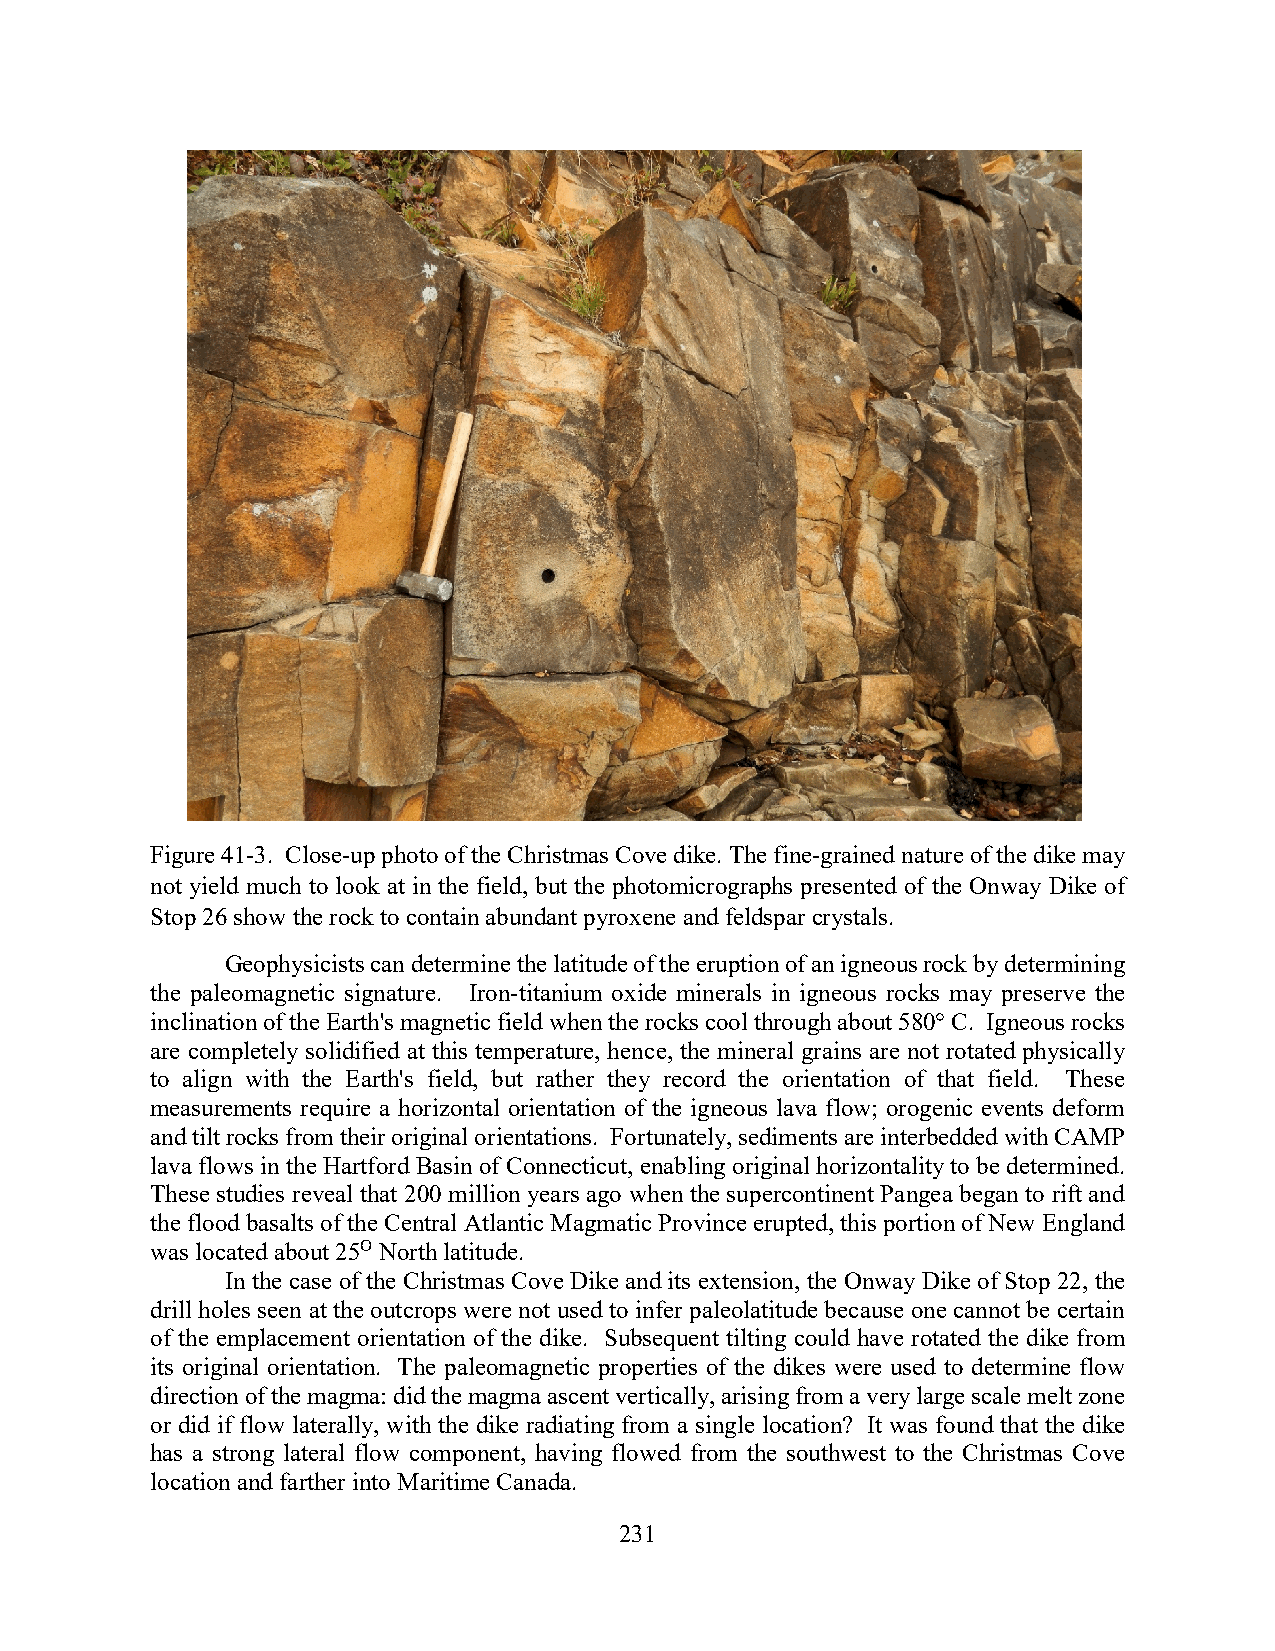
Figure 41-3. Close-up photo of the Christmas Cove dike. The fine-grained nature of the dike may
 not yield much to look at in the field, but the photomicrographs presented of the Onway Dike of
 Stop 26 show the rock to contain abundant pyroxene and feldspar crystals.
 Geophysicists can determine the latitude of the eruption of an igneous rock by determining
 the paleomagnetic signature. Iron-titanium oxide minerals in igneous rocks may preserve the
 inclination of the Earth's magnetic field when the rocks cool through about 580° C. Igneous rocks
 are completely solidified at this temperature, hence, the mineral grains are not rotated physically
 to align with the Earth's field, but rather they record the orientation of that field. These
 measurements require a horizontal orientation of the igneous lava flow; orogenic events deform
 and tilt rocks from their original orientations. Fortunately, sediments are interbedded with CAMP
 lava flows in the Hartford Basin of Connecticut, enabling original horizontality to be determined.
 These studies reveal that 200 million years ago when the supercontinent Pangea began to rift and
 the flood basalts of the Central Atlantic Magmatic Province erupted, this portion of New England
 was located about 25O North latitude.
 In the case of the Christmas Cove Dike and its extension, the Onway Dike of Stop 22, the
 drill holes seen at the outcrops were not used to infer paleolatitude because one cannot be certain
 of the emplacement orientation of the dike. Subsequent tilting could have rotated the dike from
 its original orientation. The paleomagnetic properties of the dikes were used to determine flow
 direction of the magma: did the magma ascent vertically, arising from a very large scale melt zone
 or did if flow laterally, with the dike radiating from a single location? It was found that the dike
 has a strong lateral flow component, having flowed from the southwest to the Christmas Cove
 location and farther into Maritime Canada.
 231